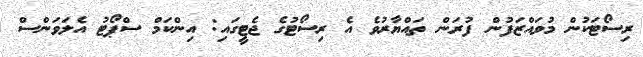
ރިސޯޓަކުން މުވައްޒަފުން ފުރަން ތައްޔާރުވެ އެ ރިސޯޓުގެ ޖެޓީގައި: އިންކަމް ސްޕޯޓު އެލަވަންސް